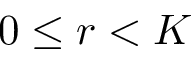
0 \le r < K